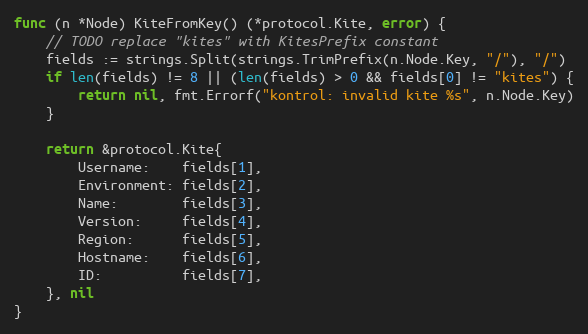
Language: Go
func (n *Node) KiteFromKey() (*protocol.Kite, error) {
	// TODO replace "kites" with KitesPrefix constant
	fields := strings.Split(strings.TrimPrefix(n.Node.Key, "/"), "/")
	if len(fields) != 8 || (len(fields) > 0 && fields[0] != "kites") {
		return nil, fmt.Errorf("kontrol: invalid kite %s", n.Node.Key)
	}

	return &protocol.Kite{
		Username:    fields[1],
		Environment: fields[2],
		Name:        fields[3],
		Version:     fields[4],
		Region:      fields[5],
		Hostname:    fields[6],
		ID:          fields[7],
	}, nil
}